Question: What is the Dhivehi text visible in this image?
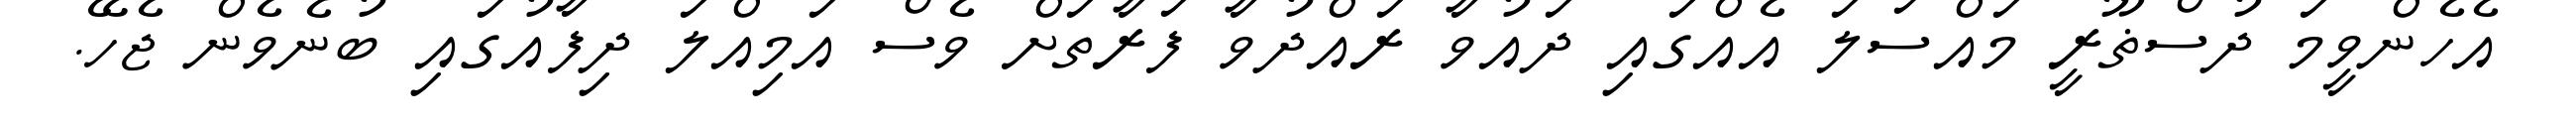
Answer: އެހެންވީމަ ދުސްޡޫރީ މައްސަލަ އެއްގައި ދައުވާ ރައްދުވާ ފަރާތަށް ވެސް އަމިއްލަ ދިފާއުގައި ބުނެވެން ޖެހޭ.